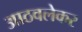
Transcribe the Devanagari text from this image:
आठवलेकर